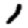
Digit: 1